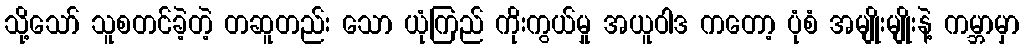
သို့သော် သူစတင်ခဲ့တဲ့ တဆူတည်း သော ယုံကြည် ကိုးကွယ်မှု အယူဝါဒ ကတော့ ပုံစံ အမျိုးမျိုးနဲ့ ကမ္ဘာမှာ